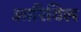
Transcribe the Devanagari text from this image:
आरिविल